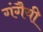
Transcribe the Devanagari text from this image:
गंगैयी